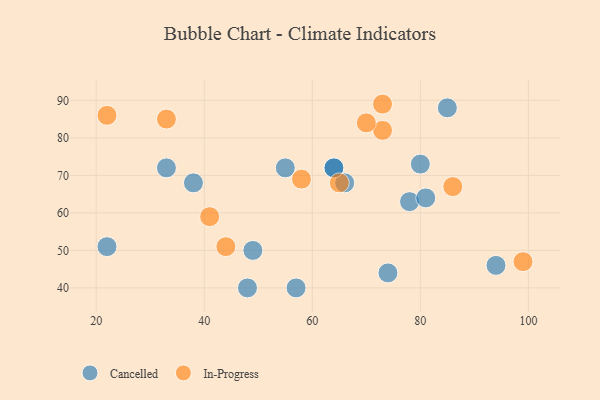
{"axis": {"x": "GDP", "y": "Life Expectancy"}, "legend": ["Cancelled", "In-Progress"], "data": [{"x": "49", "y": 50, "type": "Cancelled"}, {"x": "80", "y": 73, "type": "Cancelled"}, {"x": "57", "y": 40, "type": "Cancelled"}, {"x": "66", "y": 68, "type": "Cancelled"}, {"x": "38", "y": 68, "type": "Cancelled"}, {"x": "48", "y": 40, "type": "Cancelled"}, {"x": "74", "y": 44, "type": "Cancelled"}, {"x": "22", "y": 51, "type": "Cancelled"}, {"x": "64", "y": 72, "type": "Cancelled"}, {"x": "85", "y": 88, "type": "Cancelled"}, {"x": "64", "y": 72, "type": "Cancelled"}, {"x": "94", "y": 46, "type": "Cancelled"}, {"x": "78", "y": 63, "type": "Cancelled"}, {"x": "81", "y": 64, "type": "Cancelled"}, {"x": "33", "y": 72, "type": "Cancelled"}, {"x": "55", "y": 72, "type": "Cancelled"}, {"x": "73", "y": 89, "type": "In-Progress"}, {"x": "99", "y": 47, "type": "In-Progress"}, {"x": "58", "y": 69, "type": "In-Progress"}, {"x": "33", "y": 85, "type": "In-Progress"}, {"x": "86", "y": 67, "type": "In-Progress"}, {"x": "44", "y": 51, "type": "In-Progress"}, {"x": "73", "y": 82, "type": "In-Progress"}, {"x": "22", "y": 86, "type": "In-Progress"}, {"x": "65", "y": 68, "type": "In-Progress"}, {"x": "70", "y": 84, "type": "In-Progress"}, {"x": "41", "y": 59, "type": "In-Progress"}]}